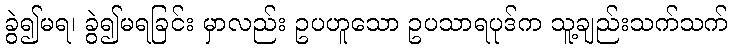
ခွဲ၍မရ၊ ခွဲ၍မရခြင်း မှာလည်း ဥပဟူသော ဥပသာရပုဒ်က သူ့ချည်းသက်သက်